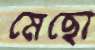
মেছো